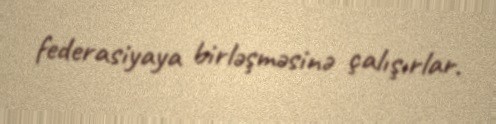
federasiyaya birləşməsinə çalışırlar.